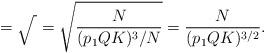
LaTeX: \begin{align*} = \sqrt{\frac{}{}} = \sqrt{\frac{N}{(p_1QK)^3/N}} = \frac{N}{(p_1QK)^{3/2}}.\end{align*}